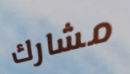
مشارك